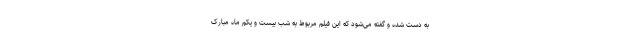
به دست شده و گفته می‌شود که این فیلم مربوط به شب بیست و یکم ماه مبارک